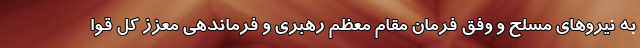
به نیروهای مسلح و وفق فرمان مقام معظم رهبری و فرماندهی معزز کل قوا